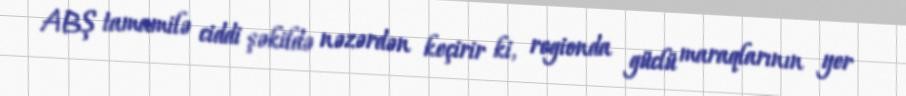
ABŞ tamamilə ciddi şəkildə nəzərdən keçirir ki, regionda güclü maraqlarının yer